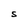
Character: S